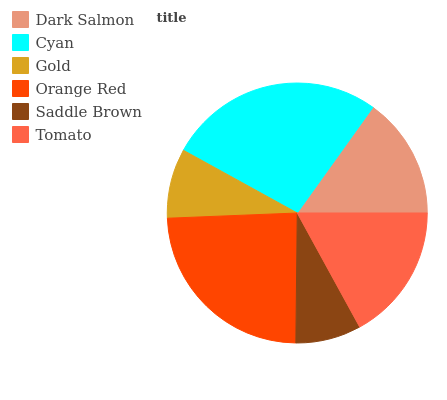
| Dark Salmon | Cyan | Gold | Orange Red | Saddle Brown | Tomato |
 | --- | --- | --- | --- | --- | --- |
 | 15.1% | 26.9% | 8.66% | 24.2% | 8.15% | 17% |